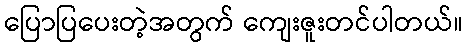
ပြောပြပေးတဲ့အတွက် ကျေးဇူးတင်ပါတယ်။